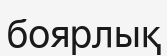
боярлық